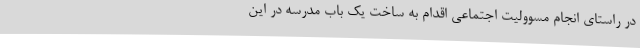
در راستای انجام مسوولیت اجتماعی اقدام به ساخت یک باب مدرسه در این